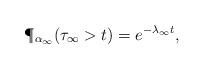
LaTeX: \begin{align*}\P_{\alpha_\infty}(\tau_\infty > t) = e^{- \lambda_\infty t},\end{align*}